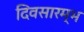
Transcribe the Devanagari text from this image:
दिवसारम्भ